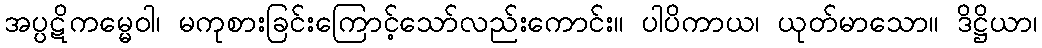
အပ္ပဋိကမ္မေဝါ၊ မကုစားခြင်းကြောင့်သော်လည်းကောင်း။ ပါပိကာယ၊ ယုတ်မာသော။ ဒိဋ္ဌိယာ၊